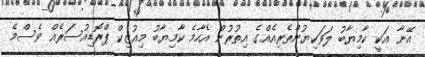
އޭނާ އަކީ ކާމިޔާބު ލަވަކިޔުންތެރިއެއްގެ އިތުރުން އެހާމެ ކާމިޔާބު މިއުޒިކް ޕްރޮޑިއުސަރެއް ވެސްމެ